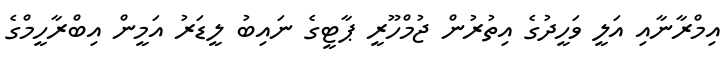
އިމްރާނާއި އަލީ ވަހީދުގެ އިތުރުން ޖުމްހޫރީ ޕާޓީގެ ނައިބު ލީޑަރު އަމީން އިބްރާހީމްގެ